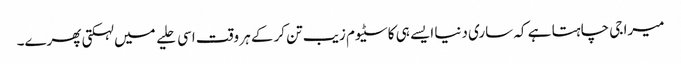
میرا جی چاہتا ہے کہ ساری دنیا ایسے ہی کاسٹیوم زیب تن کرکے ہر وقت اسی حلیے میں لہکتی پھرے۔